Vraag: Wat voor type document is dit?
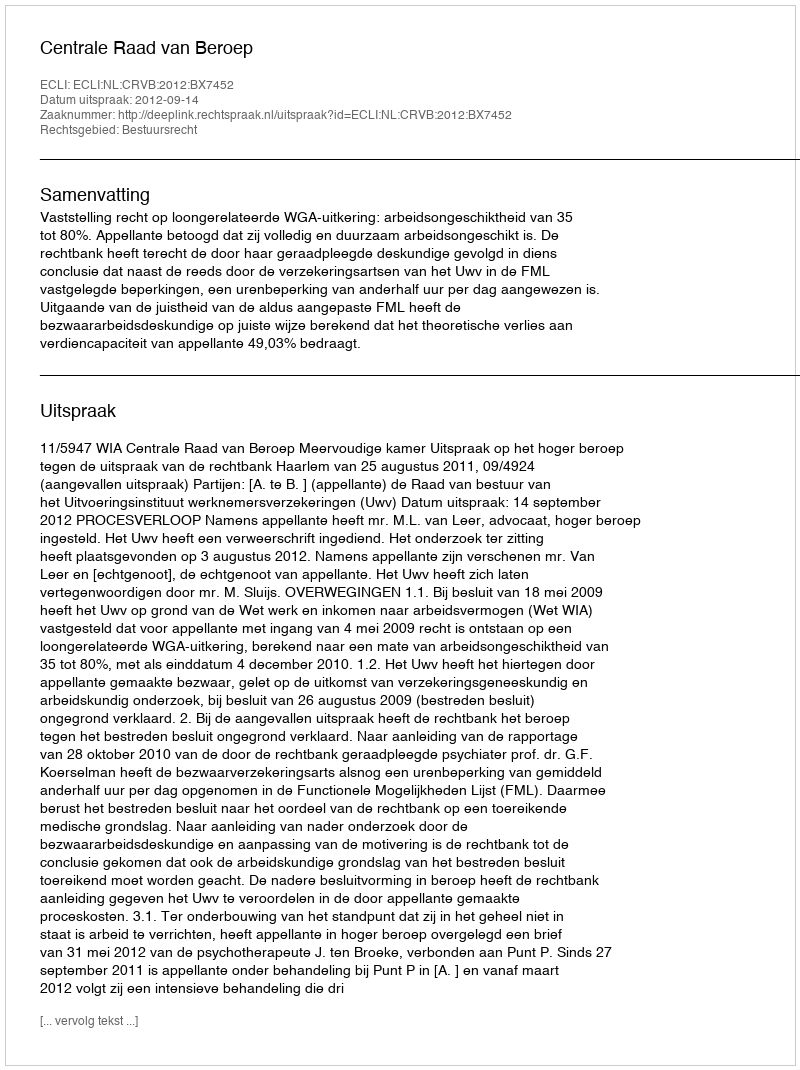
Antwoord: Uitspraak